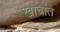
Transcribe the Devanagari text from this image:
खाचांत